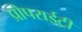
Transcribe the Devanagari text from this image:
प्रोपराईट्री